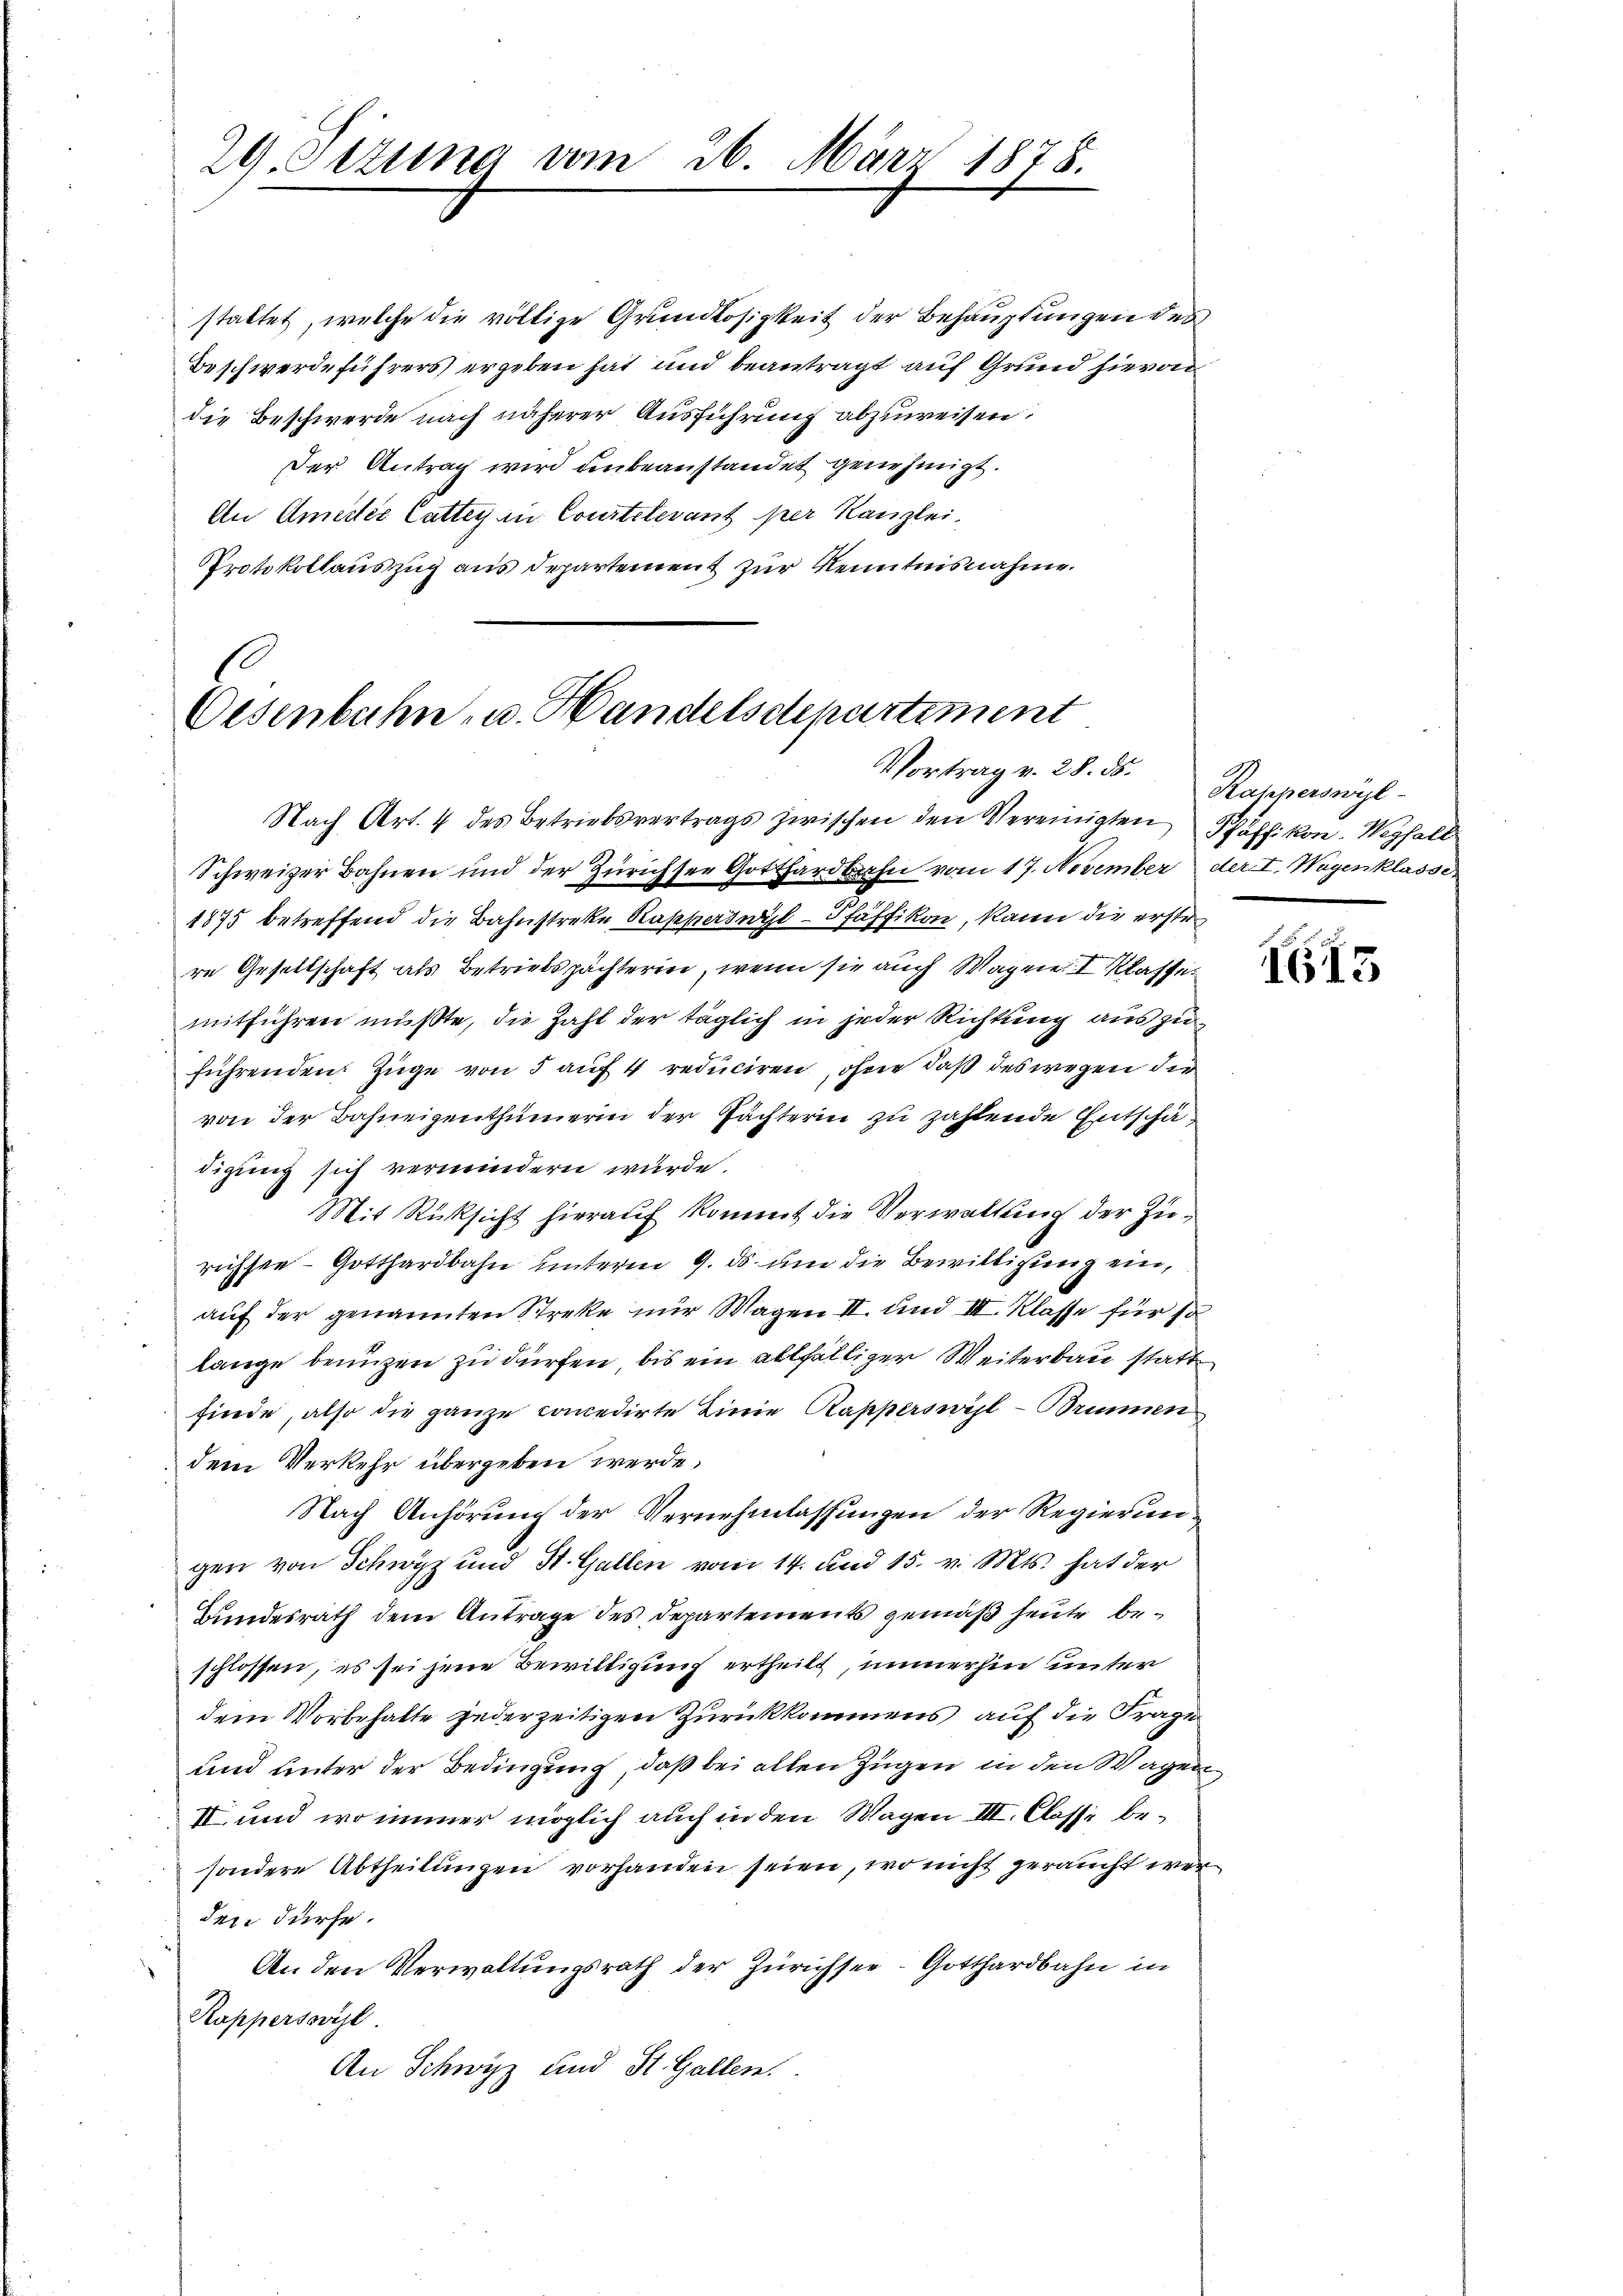
29. Sizung vom 26. März 1878.

die Beschwerde nach näherer Ausführung abzuweisen,
Der Antrag wird unbeanstandet genehmigt.
An Ameris Cattey an Courtelevant per Kanzlei-
Protokollauszug aus departement zur Kenntnisnahme.

1
Oesenbahn- u. Handelsdepartement
Vortrag v. 28. ds.

stattet, welche die völlige Grundlosigkeit der Behauptungen des
Beschwerdeführers ergeben hat und beantragt auf Grund hievon

Nach Art. 4 des Betriebsvertrags zwischen den Vereinigten Pfäffikon. Wegfall
Schweizer Bahnen und der Zürichsee Gotthardbahn vom 17. November der I. Wagenklasse
1875 betreffend die Bahnstreke Rapparteil - Pfäffikon, kann die erstere Gesellschaft als Betriebspächterin, wenn sie auch Wagen I Klasse
mitführen müßte, die Zahl der täglich in jeder Richtung auszuführenden Züge von 5 auf 4 reduciren, ohne daß des wegen der
von der Bahneigenthümerin der Pächterin zu zahlende Entschädigung sich vermindern wurde.
Mit Rüksicht hierauf kommt die Verwaltung der Zurichste Gotthardbahn unterm 9. ds um die Bewilligung ein,
auf der genannten Streke nur Wagen II. und III. Klasse für so
lange benuzen zu dürfen, bis ein allfälliger Weiterbau statt
finde, also die ganze concedirte Linie Rapperswil - Brunnen
dem Verkehr übergeben werde;
Nach Anhörung der Vernehmlassungen der Regierungen von Schwyz und St. Gallen vom 14. und 15. v. Mts. hat der
Bundesrath dem Antrage des Departements gemäß heute beschlossen, es sei jene Bewilligung ertheilt, immerhin unter
dem Vorbehalte jederzeitigen Zurückkommens auf die Frage
und unter der Bedingung, daß bei allen Zügen in den Wagen¬
II und wo immer möglich auch in den Wagen III. Classe besondere Abtheilungen vorhanden seien, wo nicht geraucht werden dürfe.
An den Verwaltungsrath der Zürichsee - Gotthardbahn in
Rappersovil
An Schwyz und St. Gallen.

Rapperswyl

65